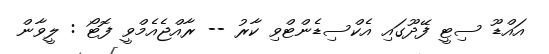
އައްޑޫ ސިޓީ ފޭދޫގައި އެކްސިޑެންޓްވި ކާރު -- ރާއްޖެއެމްވީ ފޮޓޯ : ލީވާން